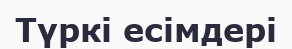
Түркі есімдері